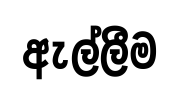
ඇල්ලීම